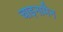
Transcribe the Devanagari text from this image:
चाइनामैन